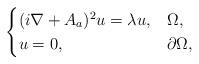
LaTeX: \begin{align*} \begin{cases} (i\nabla + A_{a})^2 u = \lambda u, &\Omega,\\ u = 0, &\partial \Omega, \end{cases}\end{align*}